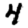
Digit: 4